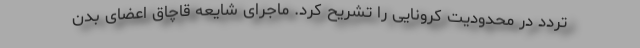
تردد در محدودیت کرونایی را تشریح کرد. ماجرای شایعه قاچاق اعضای بدن